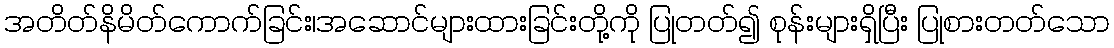
အတိတ်နိမိတ်ကောက်ခြင်း၊အဆောင်များထားခြင်းတို့ကို ပြုတတ်၍ စုန်းများရှိပြီး ပြုစားတတ်သော